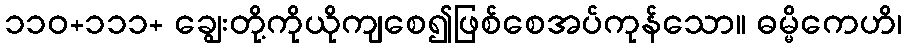
၁၁၀+၁၁၁+ ချွေးတို့ကိုယိုကျစေ၍ဖြစ်စေအပ်ကုန်သော။ ဓမ္မိကေဟိ၊